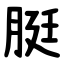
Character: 脡